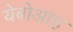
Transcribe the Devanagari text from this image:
येबोआह